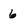
Character: 6